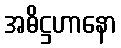
အဓိဋ္ဌဟာနော